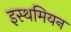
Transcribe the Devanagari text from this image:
इस्थमियन